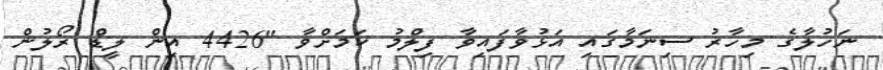
ނަހުލާގެ މިހާރު ސިނަމާގައި އަޅުވާފައިވާ ފިލްމު ކަމަށްވާ "4426 އިން ލީޑް ރޯލުން